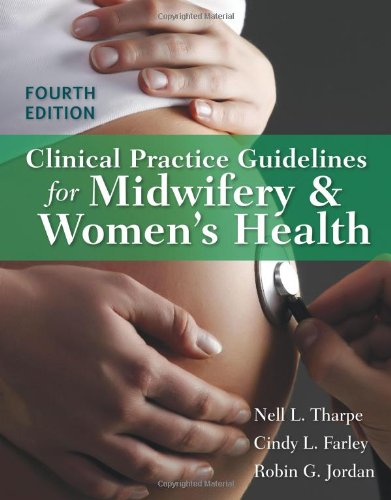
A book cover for Clinical Practice Guidelines For Midwifery  &  Women's Health; Nell L. Tharpe; Medical Books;